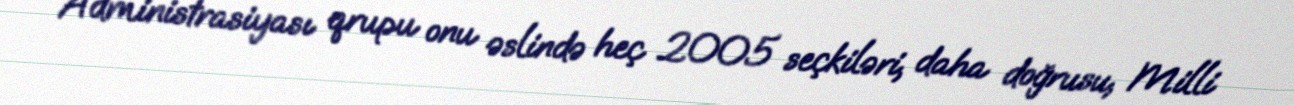
Administrasiyası qrupu onu əslində heç 2005 seçkiləri, daha doğrusu, Milli